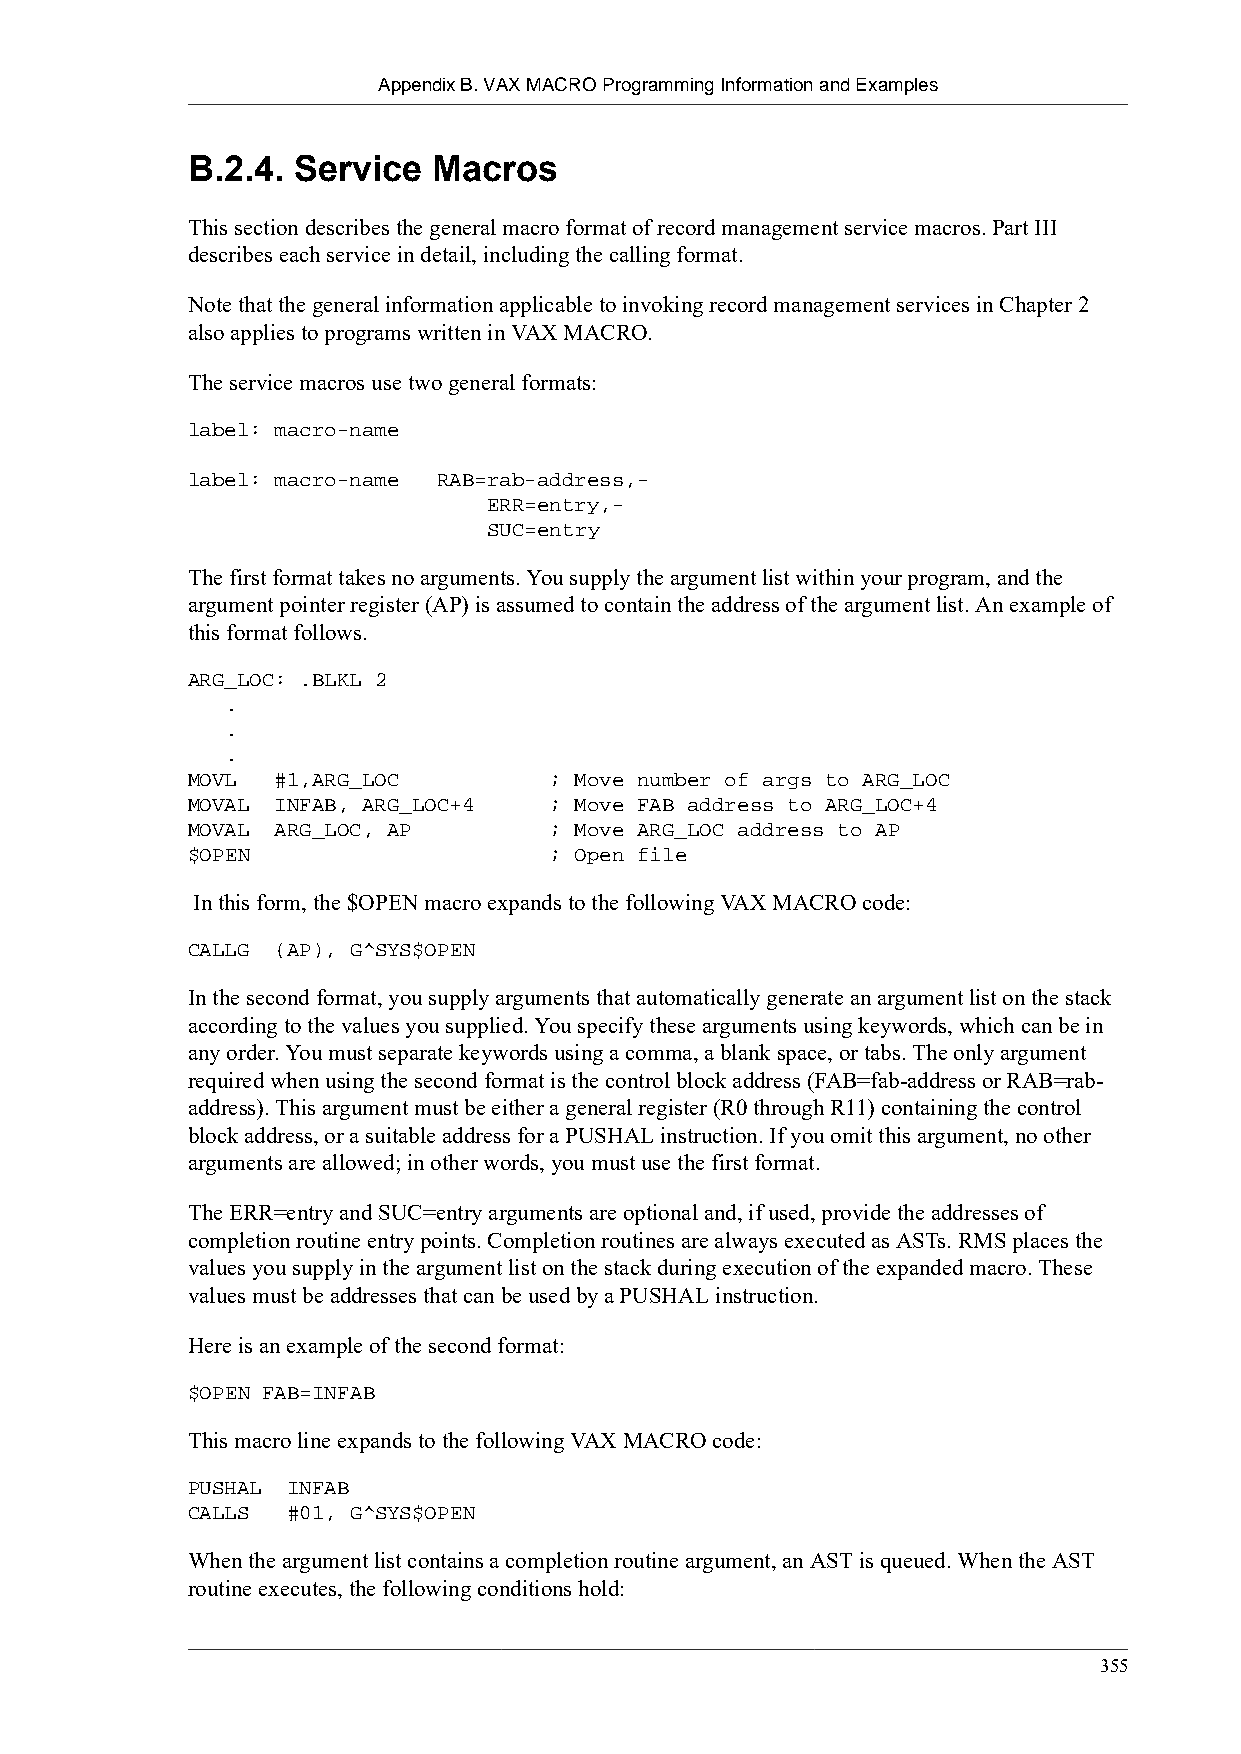
Appendix B. VAX MACRO Programming Information and Examples
 B.2.4. Service   Macros
 This section describes the general macro format of record management service macros. Part III
 describes each service in detail, including the calling format.
 Note that the general information applicable to invoking record management services in Chapter 2
 also applies to programs written in VAX MACRO.
 The service macros use two general formats:
 label: macro-name
 label: macro-name RAB=rab-address,-
 ERR=entry,-
 SUC=entry
 The first format takes no arguments. You supply the argument list within your program, and the
 argument pointer register (AP) is assumed to contain the address of the argument list. An example of
 this format follows.
 ARG_LOC: .BLKL 2
 .
 .
 .
 MOVL  #1,ARG_LOC        ; Move number of args to ARG_LOC
 MOVAL INFAB, ARG_LOC+4  ; Move FAB address to ARG_LOC+4
 MOVAL ARG_LOC, AP       ; Move ARG_LOC address to AP
 $OPEN                   ; Open file
 In this form, the $OPEN macro expands to the following VAX MACRO code:
 CALLG (AP), G^SYS$OPEN
 In the second format, you supply arguments that automatically generate an argument list on the stack
 according to the values you supplied. You specify these arguments using keywords, which can be in
 any order. You must separate keywords using a comma, a blank space, or tabs. The only argument
 required when using the second format is the control block address (FAB=fab-address or RAB=rab-
 address). This argument must be either a general register (R0 through R11) containing the control
 block address, or a suitable address for a PUSHAL instruction. If you omit this argument, no other
 arguments are allowed; in other words, you must use the first format.
 The ERR=entry and SUC=entry arguments are optional and, if used, provide the addresses of
 completion routine entry points. Completion routines are always executed as ASTs. RMS places the
 values you supply in the argument list on the stack during execution of the expanded macro. These
 values must be addresses that can be used by a PUSHAL instruction.
 Here is an example of the second format:
 $OPEN FAB=INFAB
 This macro line expands to the following VAX MACRO code:
 PUSHAL INFAB
 CALLS  #01, G^SYS$OPEN
 When the argument list contains a completion routine argument, an AST is queued. When the AST
 routine executes, the following conditions hold:
 355